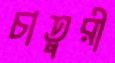
চাতুরী